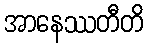
အာနေဿတီတိ